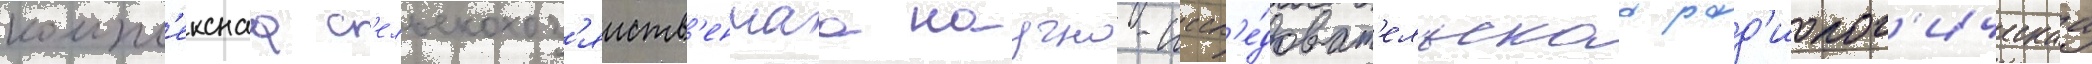
компл'екснаа с'ельскохоз'яиств'еннаа научно-иссл'е́доват'ельскаа рад'иолог'ическаа